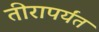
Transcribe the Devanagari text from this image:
तीरापर्यंत